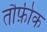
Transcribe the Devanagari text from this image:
तौफ़ीक